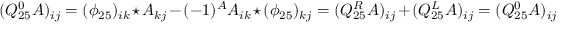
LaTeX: ( Q _ { 2 5 } ^ { 0 } A ) _ { i j } = ( \phi _ { 2 5 } ) _ { i k } \star A _ { k j } - ( - 1 ) ^ { A } A _ { i k } \star ( \phi _ { 2 5 } ) _ { k j } = ( Q _ { 2 5 } ^ { R } A ) _ { i j } + ( Q _ { 2 5 } ^ { L } A ) _ { i j } = ( Q _ { 2 5 } ^ { 0 } A ) _ { i j }